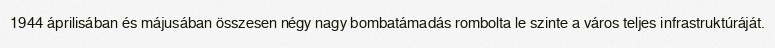
1944 áprilisában és májusában összesen négy nagy bombatámadás rombolta le szinte a város teljes infrastruktúráját.